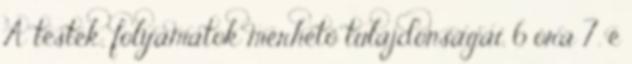
A testek, folyamatok mérhető tulajdonságai. 6 óra 7. é